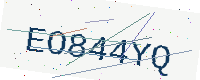
Text: EO844YQ